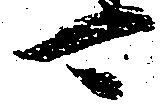
可